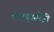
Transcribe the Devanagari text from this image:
गोनबुद्धारेड्डी